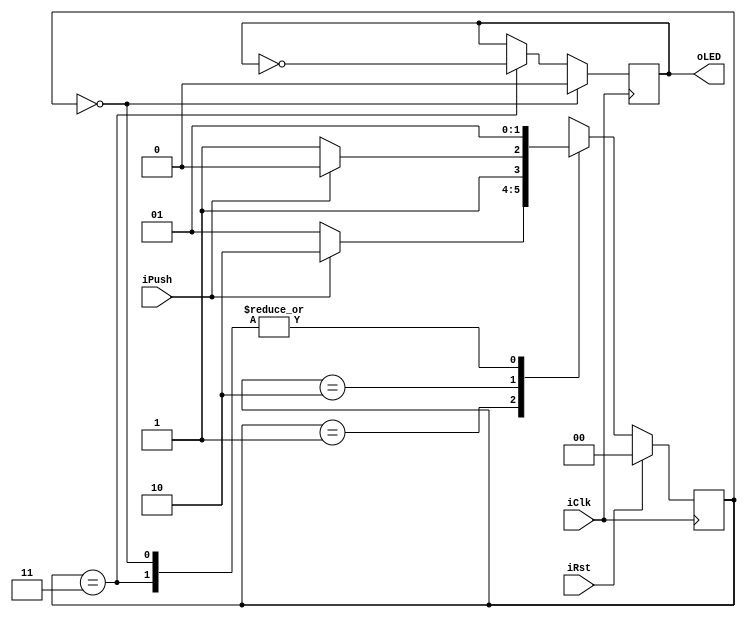
`timescale 1ns / 1ps

module LED_toggling_FSM (
  input   wire  iClk, iRst, iPush,
  output  wire  oLED
    );
    
  // 0. State definition
  localparam sInit    = 2'b00;
  localparam sIdle    = 2'b01;
  localparam sPush    = 2'b10;
  localparam sToggle  = 2'b11;
  
  reg[1:0] rFSM_current, wFSM_next;
  
  // 1. State register
  //  - with synchronous reset
  always @(posedge iClk)
  begin
    if (iRst == 1)
      rFSM_current <= sInit;
    else
      rFSM_current <= wFSM_next;
  end
  
  // 2. Next state logic
  //  - only defines the value of wFSM_next
  //  - in function of inputs and rFSM_current
  always @(*)
  begin
    case (rFSM_current)
    
      sInit:    wFSM_next <= sIdle;
      
      sIdle:    if (iPush == 0)
                  wFSM_next <= sIdle;
                else
                  wFSM_next <= sPush;
                
      sPush:    if (iPush == 1)
                  wFSM_next <= sPush;
                else
                  wFSM_next <= sToggle;
                
      sToggle:  wFSM_next <= sIdle;
      
      default:  wFSM_next <= sInit;
    endcase
  end
  
  // 3. Output logic
  // In this case, we need a register to keep track of the toggling
  
  // 3.1 Define the register
  reg  rToggle_current, wToggle_next;
  
  always @(posedge iClk)
  begin
    rToggle_current <= wToggle_next;
  end
  
  // 3.2 Define the value of wToggle_next
  //  - in function of rFSM_current
  //    * when sInit, we reset the register
  //    * when sToggle, we toggle the register
  //    * when others, we keep the value in the register
  always @(*)
  begin
    if (rFSM_current == sInit)
      wToggle_next = 0;
    else if (rFSM_current == sToggle)
      wToggle_next = ~rToggle_current;
    else
      wToggle_next = rToggle_current;
  end
  
  // the oLED connects to the toggle register
  assign oLED = rToggle_current;
  
endmodule